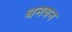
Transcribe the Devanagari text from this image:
धनवन